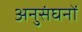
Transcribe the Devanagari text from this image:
अनुसंघनों